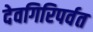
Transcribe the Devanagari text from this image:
देवगिरिपर्वत